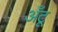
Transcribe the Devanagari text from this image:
अँटू